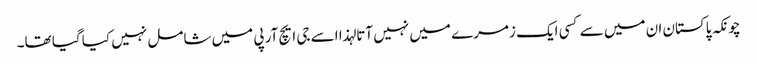
چونکہ پاکستان ان میں سے کسی ایک زمرے میں نہیں آتا لہذا اسے جی ایچ آر پی میں شامل نہیں کیا گیا تھا۔